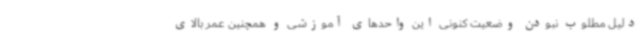
دلیل مطلوب نبودن وضعیت کنونی این واحدهای آموزشی و همچنین عمر بالای